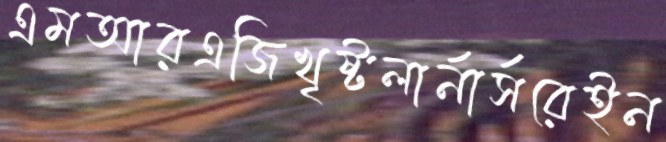
এমআরএজিখৃষ্টলার্নার্সরেইন